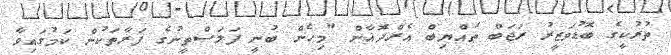
ތުރުކީގެ ބޮޑުވަޒީރު ރަޖަބް ޠައްޔިބް އެރްދޮޣާން "މިހެން ބުނީ ފަލަސްތީނުގެ ފަރާތަކުން ކަމުގައިވާ